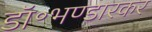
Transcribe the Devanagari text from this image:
डॉ॰भण्डारकर